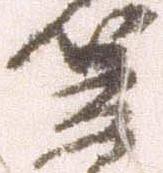
笠